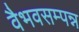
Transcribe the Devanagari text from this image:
वैभवसम्पन्न